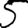
Digit: 5